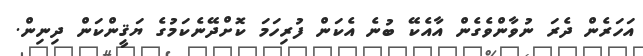
އަހަރެން ދެރަ ނުވާންވެގެން އާއެކޭ ބުނެ އެކަން ފުރިހަމަ ކޮށްދޭނެކަމުގެ ޔަޤީންކަން ދިނިން.